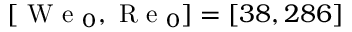
[ \mathrm { ~ W ~ e ~ } _ { 0 } , \mathrm { ~ R ~ e ~ } _ { 0 } ] = [ 3 8 , 2 8 6 ]